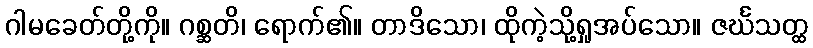
ဂါမခေတ်တို့ကို။ ဂစ္ဆတိ၊ ရောက်၏။ တာဒိသော၊ ထိုကဲ့သို့ရှုအပ်သော။ ဇင်္ဃသတ္ထ